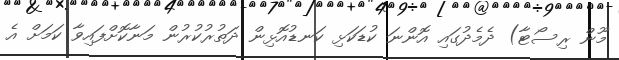
މޫން ރިސޯޓާ) ދެމެދުގައި އޮންނަ ކުޑަކަޅި ކަނޑުއޮޅިން ދަތުރުކުރުން މަނާކޮށްފައިވާ ކަމަށް އެ